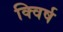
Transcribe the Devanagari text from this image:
क्विर्ष